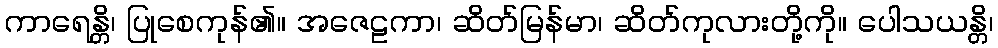
ကာရေန္တိ၊ ပြုစေကုန်၏။ အဇေဠကာ၊ ဆိတ်မြန်မာ၊ ဆိတ်ကုလားတို့ကို။ ပေါသယန္တိ၊